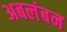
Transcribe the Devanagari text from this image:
अबलंबन